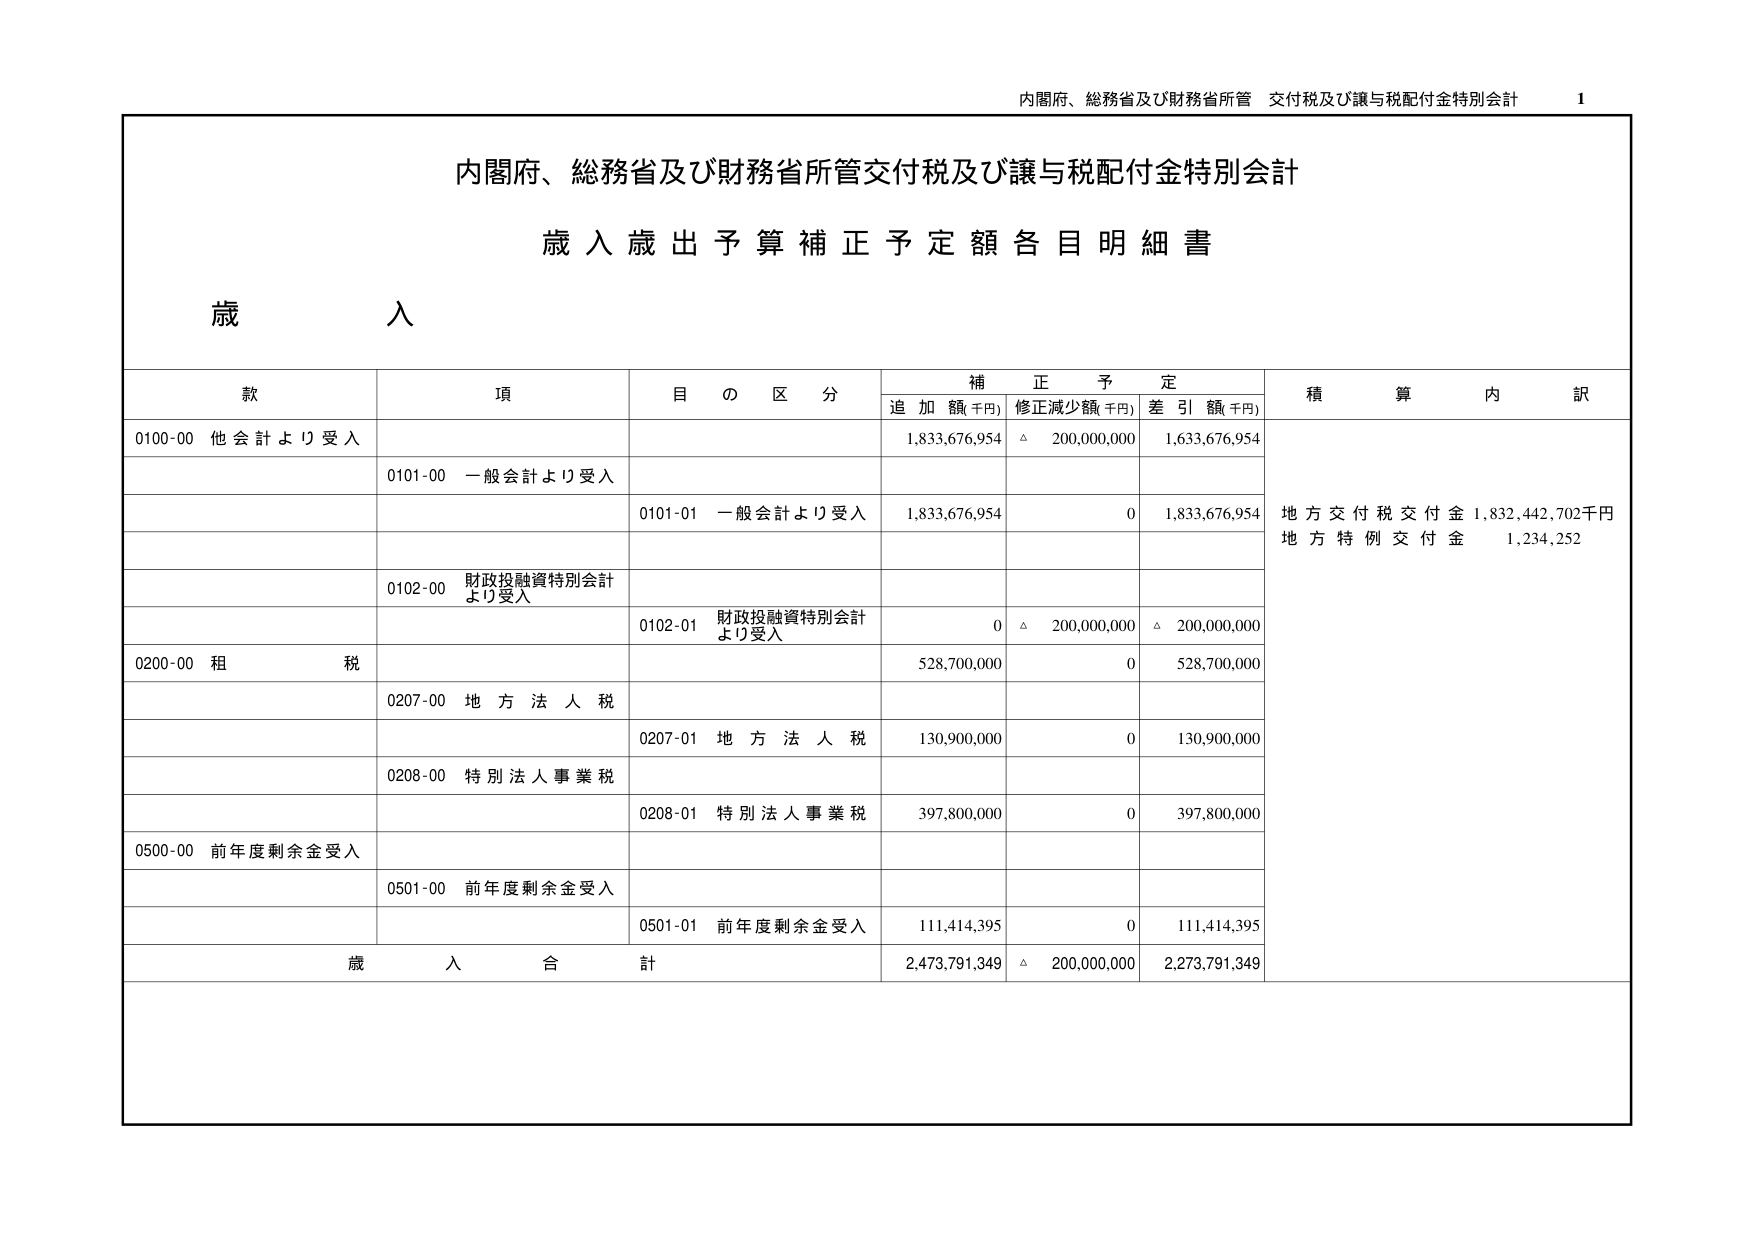
内閣府、総務省及び財務省所管 交付税及び譲与税配付金特別会計 1

内閣府、総務省及び財務省所管交付税及び譲与税配付金特別会計
歳入歳出予算補正予定額各目明細書

歳 入

款 項 目の区分 補正予定 積算内訳
追加額(千円) 修正減少額(千円) 差引額(千円)

0100-00 他会計より受入 1,833,676,954 △ 200,000,000 1,633,676,954
0101-00 一般会計より受入
0101-01 一般会計より受入 1,833,676,954 0 1,833,676,954
0102-00 財政投融資特別会計より受入
0102-01 財政投融資特別会計より受入 0 △ 200,000,000 △ 200,000,000
0200-00 租税 528,700,000 0 528,700,000
0207-00 地方法人税
0207-01 地方法人税 130,900,000 0 130,900,000
0208-00 特別法人事業税
0208-01 特別法人事業税 397,800,000 0 397,800,000
0500-00 前年度剰余金受入
0501-00 前年度剰余金受入
0501-01 前年度剰余金受入 111,414,395 0 111,414,395
歳入合計 2,473,791,349 △ 200,000,000 2,273,791,349

地方交付税交付金 1,832,442,702千円
地方特例交付金 1,234,252